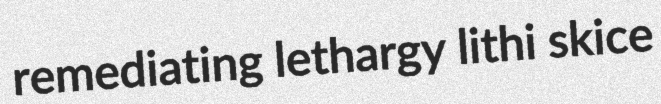
remediating lethargy lithi skice